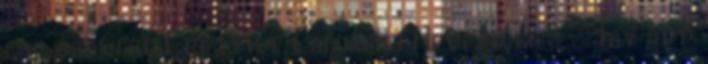
lap szövege Creative Commons Nevezd meg – Így add